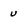
Character: u